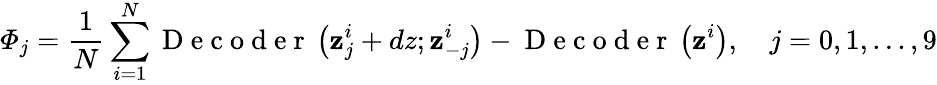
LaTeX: \varPhi_{j}=\frac{1}{N}\sum_{i=1}^{N}\mathrm{~D~e~c~o~d~e~r~}\left(\mathbf{z}_{j}^{i}+dz;\mathbf{z}_{-j}^{i}\right)-\mathrm{~D~e~c~o~d~e~r~}\left(\mathbf{z}^{i}\right),\quad j=0,1,...,9